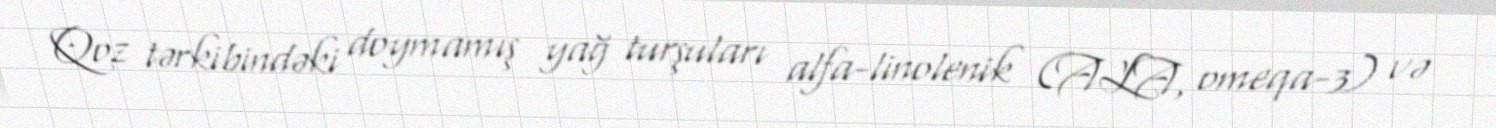
Qoz tərkibindəki doymamış yağ turşuları alfa-linolenik (ALA, omeqa-3) və